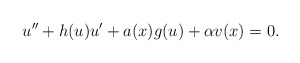
\begin{align*}u'' + h(u)u' + a(x) g(u) + \alpha v(x) = 0.\end{align*}